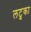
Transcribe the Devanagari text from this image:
लटुका